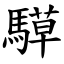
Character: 騲